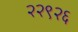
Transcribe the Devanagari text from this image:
२२९२६